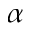
\alpha